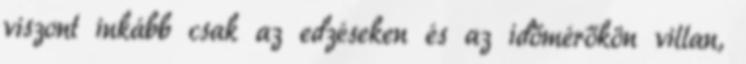
viszont inkább csak az edzéseken és az időmérőkön villan,